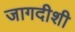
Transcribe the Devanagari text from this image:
जागदीशी